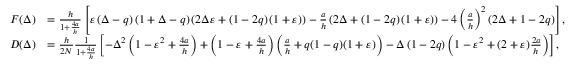
\begin{array} { r l } { F ( \Delta ) } & { = \frac { h } { 1 + \frac { 4 a } { h } } \left[ \varepsilon \left( \Delta - q \right) \left( 1 + \Delta - q \right) \left( 2 \Delta \varepsilon + \left( 1 - 2 q \right) ( 1 + \varepsilon ) \right) - \frac { a } { h } \left( 2 \Delta + \left( 1 - 2 q \right) ( 1 + \varepsilon ) \right) - 4 \left( \frac { a } { h } \right) ^ { 2 } \left( 2 \Delta + 1 - 2 q \right) \right] , } \\ { D ( \Delta ) } & { = \frac { h } { 2 N } \frac { 1 } { 1 + \frac { 4 a } { h } } \left[ - \Delta ^ { 2 } \left( 1 - \varepsilon ^ { 2 } + \frac { 4 a } { h } \right) + \left( 1 - \varepsilon + \frac { 4 a } { h } \right) \left( \frac { a } { h } + q ( 1 - q ) ( 1 + \varepsilon ) \right) - \Delta \left( 1 - 2 q \right) \left( 1 - \varepsilon ^ { 2 } + ( 2 + \varepsilon ) \frac { 2 a } { h } \right) \right] , } \end{array}